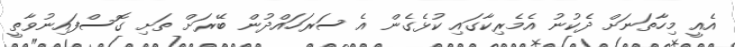
އެއީ މިހާތަނަށް ދެކުނު އެމެރިކާގައި ކުޅެގެން އެ ސަރަހައްދުން ބޭރަށް ތަށި ގޮސްފައިނުވާތީ